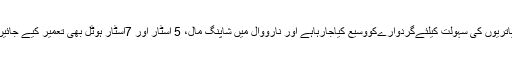
سکھ یاتریوں کی سہولت کیلئےگردوارےکووسیع کیاجارہاہے اور نارووال میں شاپنگ مال، 5 اسٹار اور 7اسٹار ہوٹل بھی تعمیر کیے جائیں گے۔